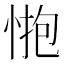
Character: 𢛺